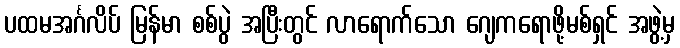
ပထမအင်္ဂလိပ် မြန်မာ စစ်ပွဲ အပြီးတွင် လာရောက်သော ဂျေကရောဖို့မစ်ရှင် အဖွဲ့မှ